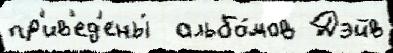
пр'ив'ед'ены́  альбо́мов Дэйв